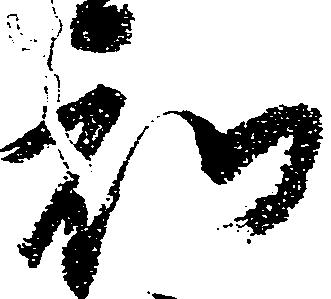
知